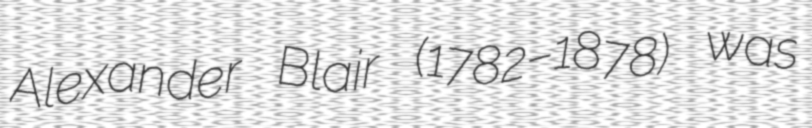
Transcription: Alexander Blair (1782–1878) was